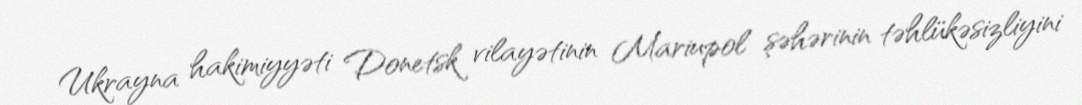
Ukrayna hakimiyyəti Donetsk vilayətinin Mariupol şəhərinin təhlükəsizliyini